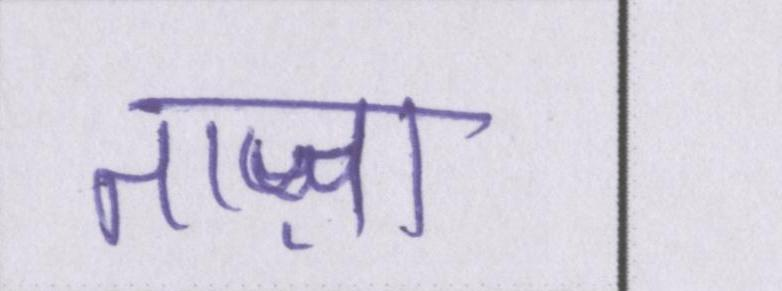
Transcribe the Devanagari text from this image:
ताज़ा